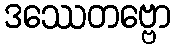
ဒဿေတဗ္ဗော